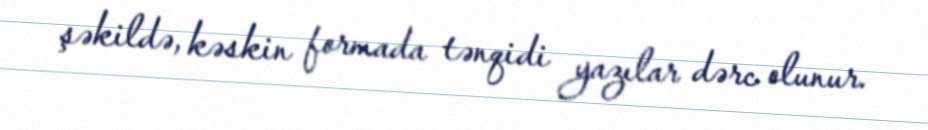
şəkildə, kəskin formada tənqidi yazılar dərc olunur.